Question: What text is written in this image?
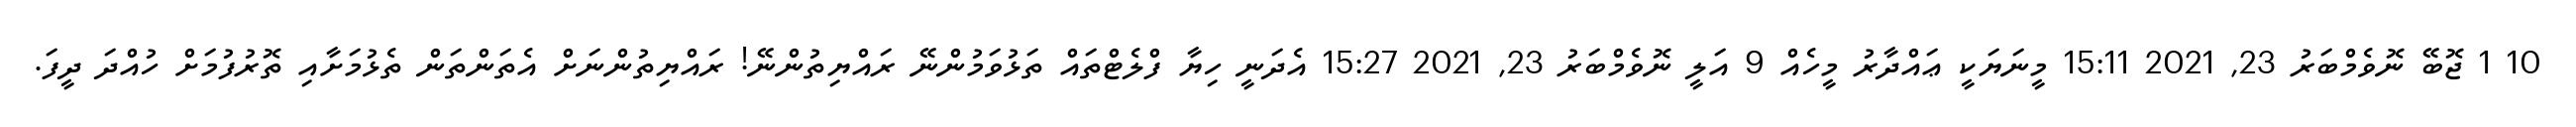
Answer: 10 1 ޖޮބޭ ނޮވެމްބަރު 23, 2021 15:11 މީނަޔަކީ ޢައްދާރު މީހެއް 9 އަލީ ނޮވެމްބަރު 23, 2021 15:27 އެދަނީ ހިޔާ ފްލެޓްތައް ތަޅުވަމުންނޭ ރައްޔިތުންނޭ! ރައްޔިތުންނަށް އެތަންތަން ތެޅުމަށާއި ތޮރުފުމަށް ހުއްދަ ދީފަ.